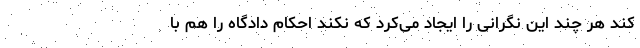
کند هر چند این نگرانی را ایجاد می‌کرد که نکند احکام دادگاه را هم با